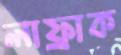
লাফ্রাক